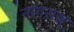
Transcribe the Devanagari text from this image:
नागराज्